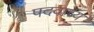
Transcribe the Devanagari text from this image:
पदवाच्य